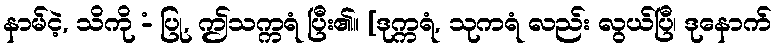
နာမ်ငဲ့, သိကို -ံ ပြု, ဤသက္ကရံ ပြီး၏။ [ဒုက္ကရံ, သုကရံ လည်း လွယ်ပြီ၊ ဒုနောက်